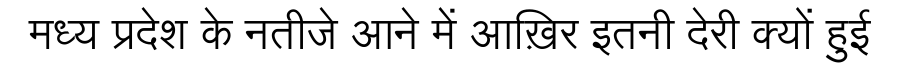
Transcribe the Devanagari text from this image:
मध्य प्रदेश के नतीजे आने में आख़िर इतनी देरी क्यों हुई